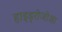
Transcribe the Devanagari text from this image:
हाइड्रोजोआ